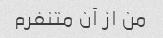
من از آن متنفرم